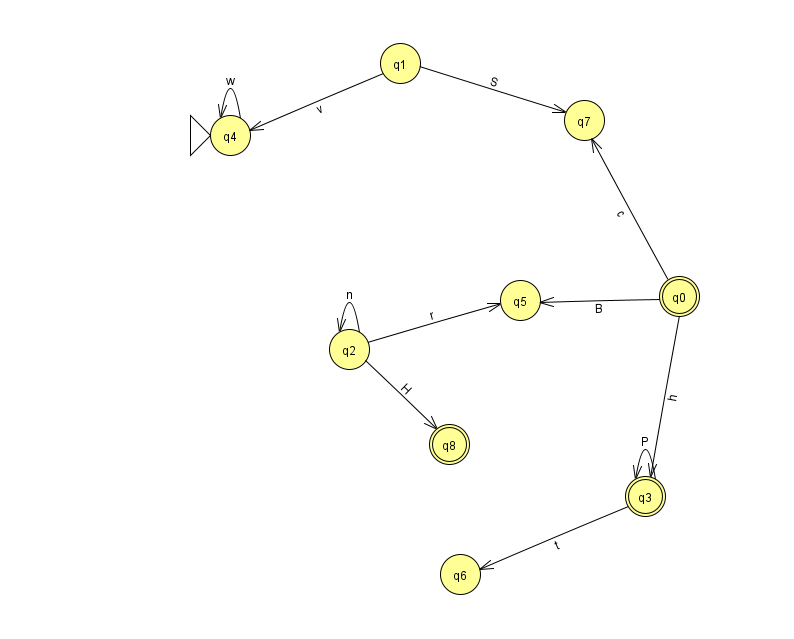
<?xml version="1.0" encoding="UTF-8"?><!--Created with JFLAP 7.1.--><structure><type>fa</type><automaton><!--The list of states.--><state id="0" name="q0"><x>679.0</x><y>283.0</y><final/></state><state id="1" name="q1"><x>400.0</x><y>50.0</y></state><state id="2" name="q2"><x>349.0</x><y>336.0</y></state><state id="3" name="q3"><x>645.0</x><y>483.0</y><final/></state><state id="4" name="q4"><x>230.0</x><y>122.0</y><initial/></state><state id="5" name="q5"><x>520.0</x><y>287.0</y></state><state id="6" name="q6"><x>460.0</x><y>561.0</y></state><state id="7" name="q7"><x>584.0</x><y>107.0</y></state><state id="8" name="q8"><x>449.0</x><y>431.0</y><final/></state><!--The list of transitions.--><transition><from>0</from><to>5</to><read>B</read></transition><transition><from>3</from><to>3</to><read>P</read></transition><transition><from>2</from><to>8</to><read>H</read></transition><transition><from>0</from><to>7</to><read>c</read></transition><transition><from>4</from><to>4</to><read>w</read></transition><transition><from>1</from><to>7</to><read>S</read></transition><transition><from>2</from><to>5</to><read>r</read></transition><transition><from>3</from><to>6</to><read>t</read></transition><transition><from>1</from><to>4</to><read>v</read></transition><transition><from>0</from><to>3</to><read>h</read></transition><transition><from>2</from><to>2</to><read>n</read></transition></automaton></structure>